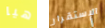
هيا الإستقرار